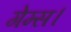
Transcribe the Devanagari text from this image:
गेम्स।